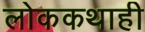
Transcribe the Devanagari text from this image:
लोककथाही